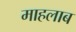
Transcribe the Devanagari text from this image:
माहलाब